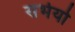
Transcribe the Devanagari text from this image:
सभेयो